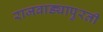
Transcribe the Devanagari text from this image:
राजवाड्यापुरती